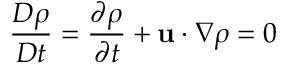
{ \frac { D \rho } { D t } } = { \frac { \partial \rho } { \partial t } } + \mathbf { u } \cdot \nabla \rho = 0